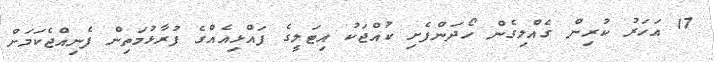
17 އަހަރު ކުރިން ގެއްލިގެން ހޯދަންފެށި ކުއްޖަކު އިޓަލީގެ ފައްޅިއެއްގެ ފުރާޅުމަތިން ފެނިއްޖެކަމަށް